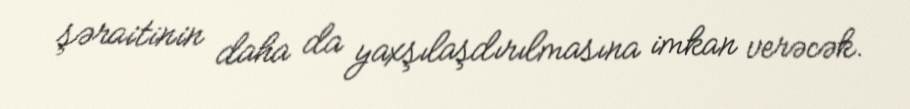
şəraitinin daha da yaxşılaşdırılmasına imkan verəcək.